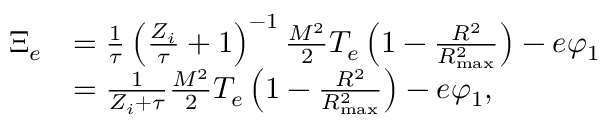
\begin{array} { r l } { \Xi _ { e } } & { = \frac { 1 } { \tau } \left( \frac { Z _ { i } } { \tau } + 1 \right) ^ { - 1 } \frac { M ^ { 2 } } { 2 } T _ { e } \left( 1 - \frac { R ^ { 2 } } { R _ { \mathrm { m a x } } ^ { 2 } } \right) - e \varphi _ { 1 } } \\ & { = \frac { 1 } { Z _ { i } + \tau } \frac { M ^ { 2 } } { 2 } T _ { e } \left( 1 - \frac { R ^ { 2 } } { R _ { \mathrm { m a x } } ^ { 2 } } \right) - e \varphi _ { 1 } , } \end{array}